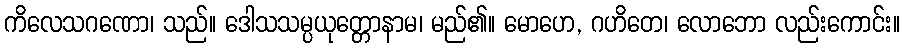
ကိလေသဂဏော၊ သည်။ ဒေါသသမ္ပယုတ္တောနာမ၊ မည်၏။ မောဟေ, ဂဟိတေ၊ လောဘော လည်းကောင်း။